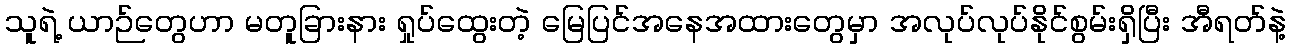
သူရဲ့ ယာဉ်တွေဟာ မတူခြားနား ရှုပ်ထွေးတဲ့ မြေပြင်အနေအထားတွေမှာ အလုပ်လုပ်နိုင်စွမ်းရှိပြီး အီရတ်နဲ့